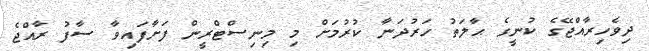
ދިވެހިރާއްޖޭގެ ކުނީގެ ޙާލަތު ހަރުދަނާ ކުރުމަށް މި މިނިސްޓްރީން ފަށާފައިވާ ސާފު ރާއްޖެ